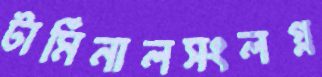
টার্মিনালসংলগ্ন